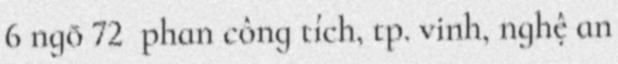
6 ngõ 72  phan công tích, tp. vinh, nghệ an